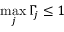
\operatorname* { m a x } _ { j } \Gamma _ { j } \leq 1